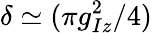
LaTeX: \delta\simeq(\pi g_{Iz}^{2}/4)